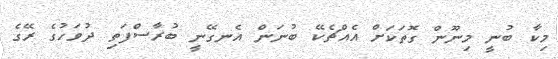
މިކާ ބުނީ މިނޫން ގޮތަކަށް އެއްޗެކޭ ބުނަން އެނގޭނީ ބުރާސްފަތި ދުވަހުގެ ރޭގެ